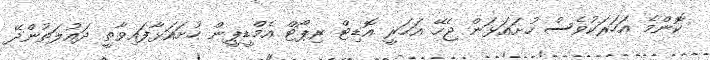
ކޮންމެ އަހަރަކުވެސް ހުށައަޅަން ޖެހޭ އަހަރީ އޮޑިޓް ރިޕޯޓް އެމްޑީޕީން ހުށައަޅާފައިވާތީ ދައުލަތުންދޭ